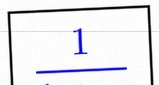
\frac{1}{1+x}